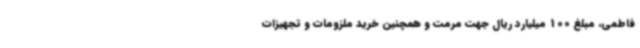
فاطمی، مبلغ 100 میلیارد ریال جهت مرمت و همچنین خرید ملزومات و تجهیزات